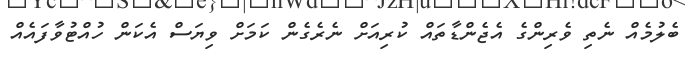
ބެލުމެއް ނެތި ވެރިންގެ އެޖެންޑާތައް ކުރިއަށް ނެރެގެން ކަމަށް ވިޔަސް އެކަން ހުއްޓުވާފައެއް